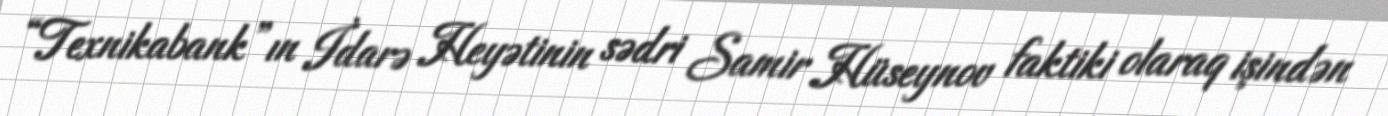
“Texnikabank”ın İdarə Heyətinin sədri Samir Hüseynov faktiki olaraq işindən